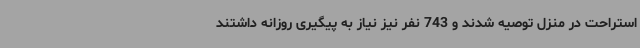
استراحت در منزل توصیه شدند و 743 نفر نیز نیاز به پیگیری روزانه داشتند